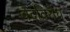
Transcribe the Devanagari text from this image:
वेदविरोध